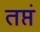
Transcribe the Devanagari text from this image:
तप्तं